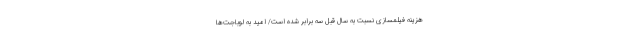
هزینه فیلمسازی نسبت به سال قبل سه برابر شده است/ امید به لوباجت‌ها